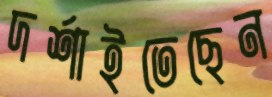
দর্শাইতেছেন